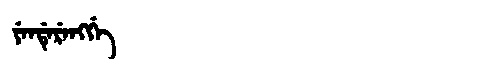
Manchu: ᠶᡝᠨᡩᡝᡵᡝᠩᡤᡝ
Romanization: YENDERENGGE